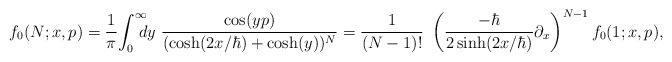
\begin{align*}f_0(N;x,p)={1\over \pi}\! \int^{\infty}_0\! \! \! \! dy ~ {\cos(yp) \over (\cosh(2x/\hbar )+\cosh(y))^N } ={1\over (N-1)!}~ \left(\frac{-\hbar}{2 \sinh(2x/\hbar )} \partial_x\right)^{N-1} f_0(1;x,p),\end{align*}